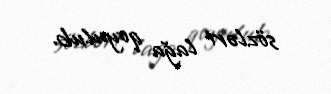
sözləri lağa qoyulub.